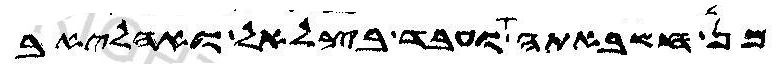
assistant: מן חשבאתה ועבד בצלאל ואהליאב